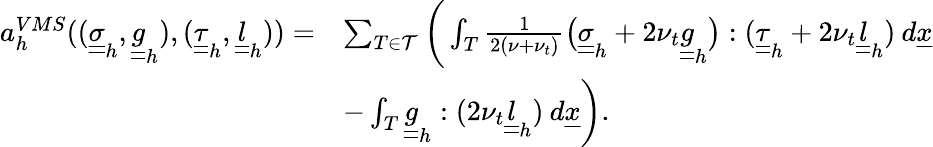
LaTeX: \begin{array}{rl}{a_{h}^{VMS}((\underline{{\underline{{\sigma}}}}_{h},\underline{{\underline{{g}}}}_{h}),(\underline{{\underline{{\tau}}}}_{h},\underline{{\underline{{l}}}}_{h}))=}&{\sum_{T\in\mathcal{T}}\bigg(\int_{T}\frac{1}{2(\nu+\nu_{t})}\big(\underline{{\underline{{\sigma}}}}_{h}+2\nu_{t}\underline{{\underline{{g}}}}_{h}\big):(\underline{{\underline{{\tau}}}}_{h}+2\nu_{t}\underline{{\underline{{l}}}}_{h})\: d\underline{{x}}}\\ &{-\int_{T}\underline{{\underline{{g}}}}_{h}:(2\nu_{t}\underline{{\underline{{l}}}}_{h})\: d\underline{{x}}\bigg).}\end{array}